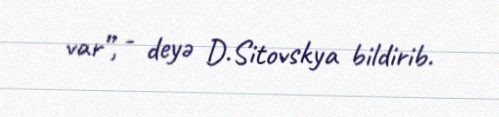
var”, - deyə D.Sitovskya bildirib.